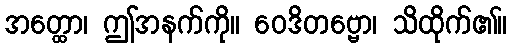
အတ္ထော၊ ဤအနက်ကို။ ဝေဒိတဗ္ဗော၊ သိထိုက်၏။